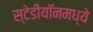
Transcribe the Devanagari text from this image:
स्टेडीयॉनमध्ये